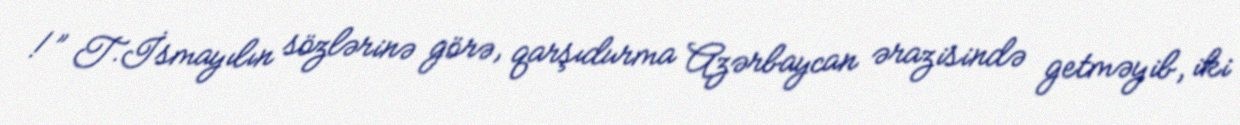
!” T.İsmayılın sözlərinə görə, qarşıdurma Azərbaycan ərazisində getməyib, iki